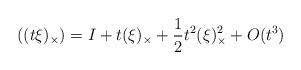
LaTeX: \begin{align*}\left( (t\xi)_\times \right)=I+t(\xi)_\times+\frac{1}{2}t^2 (\xi)_\times^2+O(t^3)\end{align*}